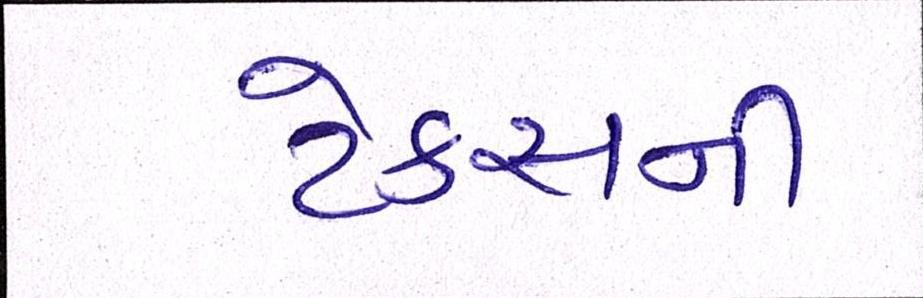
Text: ટેકસની